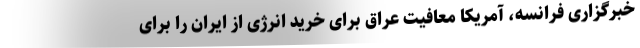
خبرگزاری فرانسه، آمریکا معافیت عراق برای خرید انرژی از ایران را برای